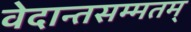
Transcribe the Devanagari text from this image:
वेदान्तसम्मतम्